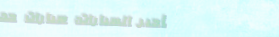
تأجير السيارات: سيارات حد